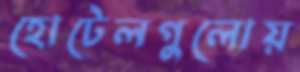
হোটেলগুলোয়